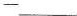
-___